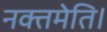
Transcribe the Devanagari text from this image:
नक्तमेति।